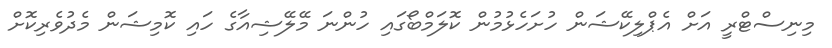
މިނިސްޓްރީ އަށް އެޕްލިކޭޝަން ހުށަހެޅުމުން ކޮލަމްބޯގައި ހުންނަ މޭލޭޝިއާގެ ހައި ކޮމިޝަން މެދުވެރިކޮށް